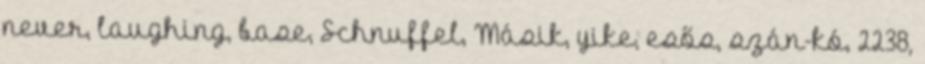
never, laughing, base, Schnuffel, Másik, yike, esős, szán-kó, 2238,